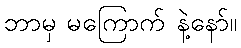
ဘာမှ မကြောက် နဲ့နော်။